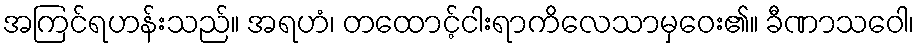
အကြင်ရဟန်းသည်။ အရဟံ၊ တထောင့်ငါးရာကိလေသာမှဝေး၏။ ခီဏာသဝေါ၊